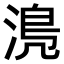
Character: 𣹋